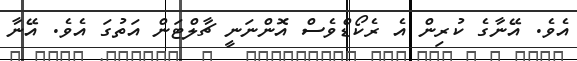
އެވެ. އޭނާގެ ކުރިން އެ ރެކޯޑްވެސް އޮންނަނީ ޗާލްޓަން އަތުގަ އެވެ. އޭނާ